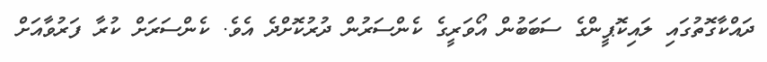
ދައްކާގޮތުގައި ލައިކޮޕީންގެ ސަބަބުން އޯވަރީގެ ކެންސަރުން ދުރުކޮށްދެ އެވެ. ކެންސަރަށް ކުރާ ފަރުވާއަށް